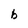
Character: b